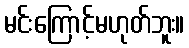
မင်းကြောင့်မဟုတ်ဘူး။